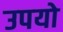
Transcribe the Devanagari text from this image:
उपयो